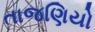
તાજણિયો